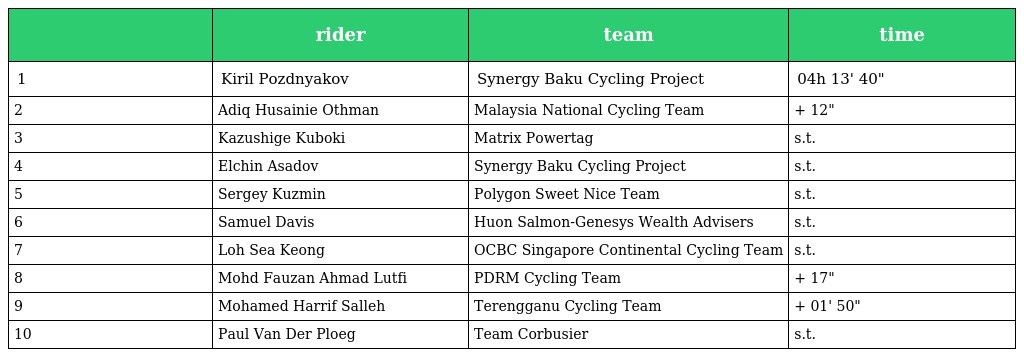
|  | rider | team | time |
 | --- | --- | --- | --- |
 | 1 | Kiril Pozdnyakov | Synergy Baku Cycling Project | 04h 13' 40" |
 | 2 | Adiq Husainie Othman | Malaysia National Cycling Team | + 12" |
 | 3 | Kazushige Kuboki | Matrix Powertag | s.t. |
 | 4 | Elchin Asadov | Synergy Baku Cycling Project | s.t. |
 | 5 | Sergey Kuzmin | Polygon Sweet Nice Team | s.t. |
 | 6 | Samuel Davis | Huon Salmon-Genesys Wealth Advisers | s.t. |
 | 7 | Loh Sea Keong | OCBC Singapore Continental Cycling Team | s.t. |
 | 8 | Mohd Fauzan Ahmad Lutfi | PDRM Cycling Team | + 17" |
 | 9 | Mohamed Harrif Salleh | Terengganu Cycling Team | + 01' 50" |
 | 10 | Paul Van Der Ploeg | Team Corbusier | s.t. |